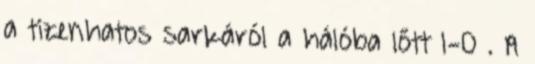
a tizenhatos sarkáról a hálóba lőtt 1-0 . A